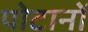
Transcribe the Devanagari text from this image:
पोटानों